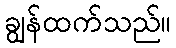
ချွန်ထက်သည်။